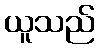
ယူသည်